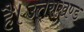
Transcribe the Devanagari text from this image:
है।उत्तराखण्ड